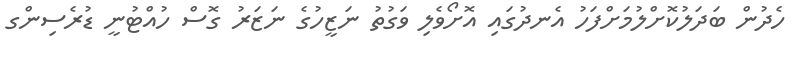
ހެދުން ބަދަލުކޮށްލުމަށްފަހު އެނދުގައި އޮށޯވެލި ވަގުތު ނަޒީހުގެ ނަޒަރު ގޮސް ހުއްޓުނީ ޑުރެސިންގ